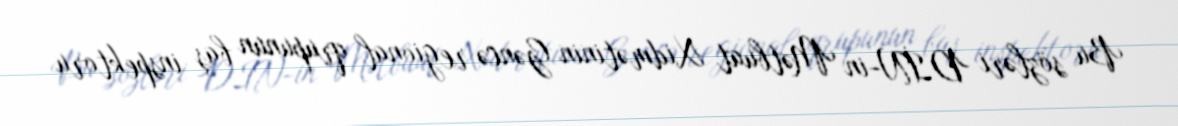
Bu sözləri DİN-in Mətbuat Xidmətinin Gəncə regional qrupunun baş inspektoru